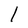
Character: l